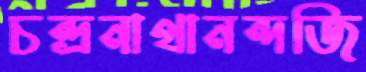
চন্দ্রনাথানন্দজি